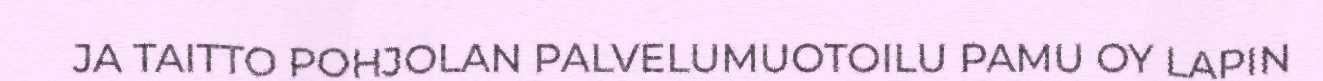
JA TAITTO POHJOLAN PALVELUMUOTOILU PAMU OY LAPIN